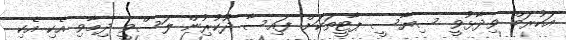
އަކުރަމް ވިދާޅުވީ ސިޔާސީ ޕާޓީތަކަށް ފައިސާ ދޫކުރިުން ލަސްވީ ދިމާވި އެކި އެކި